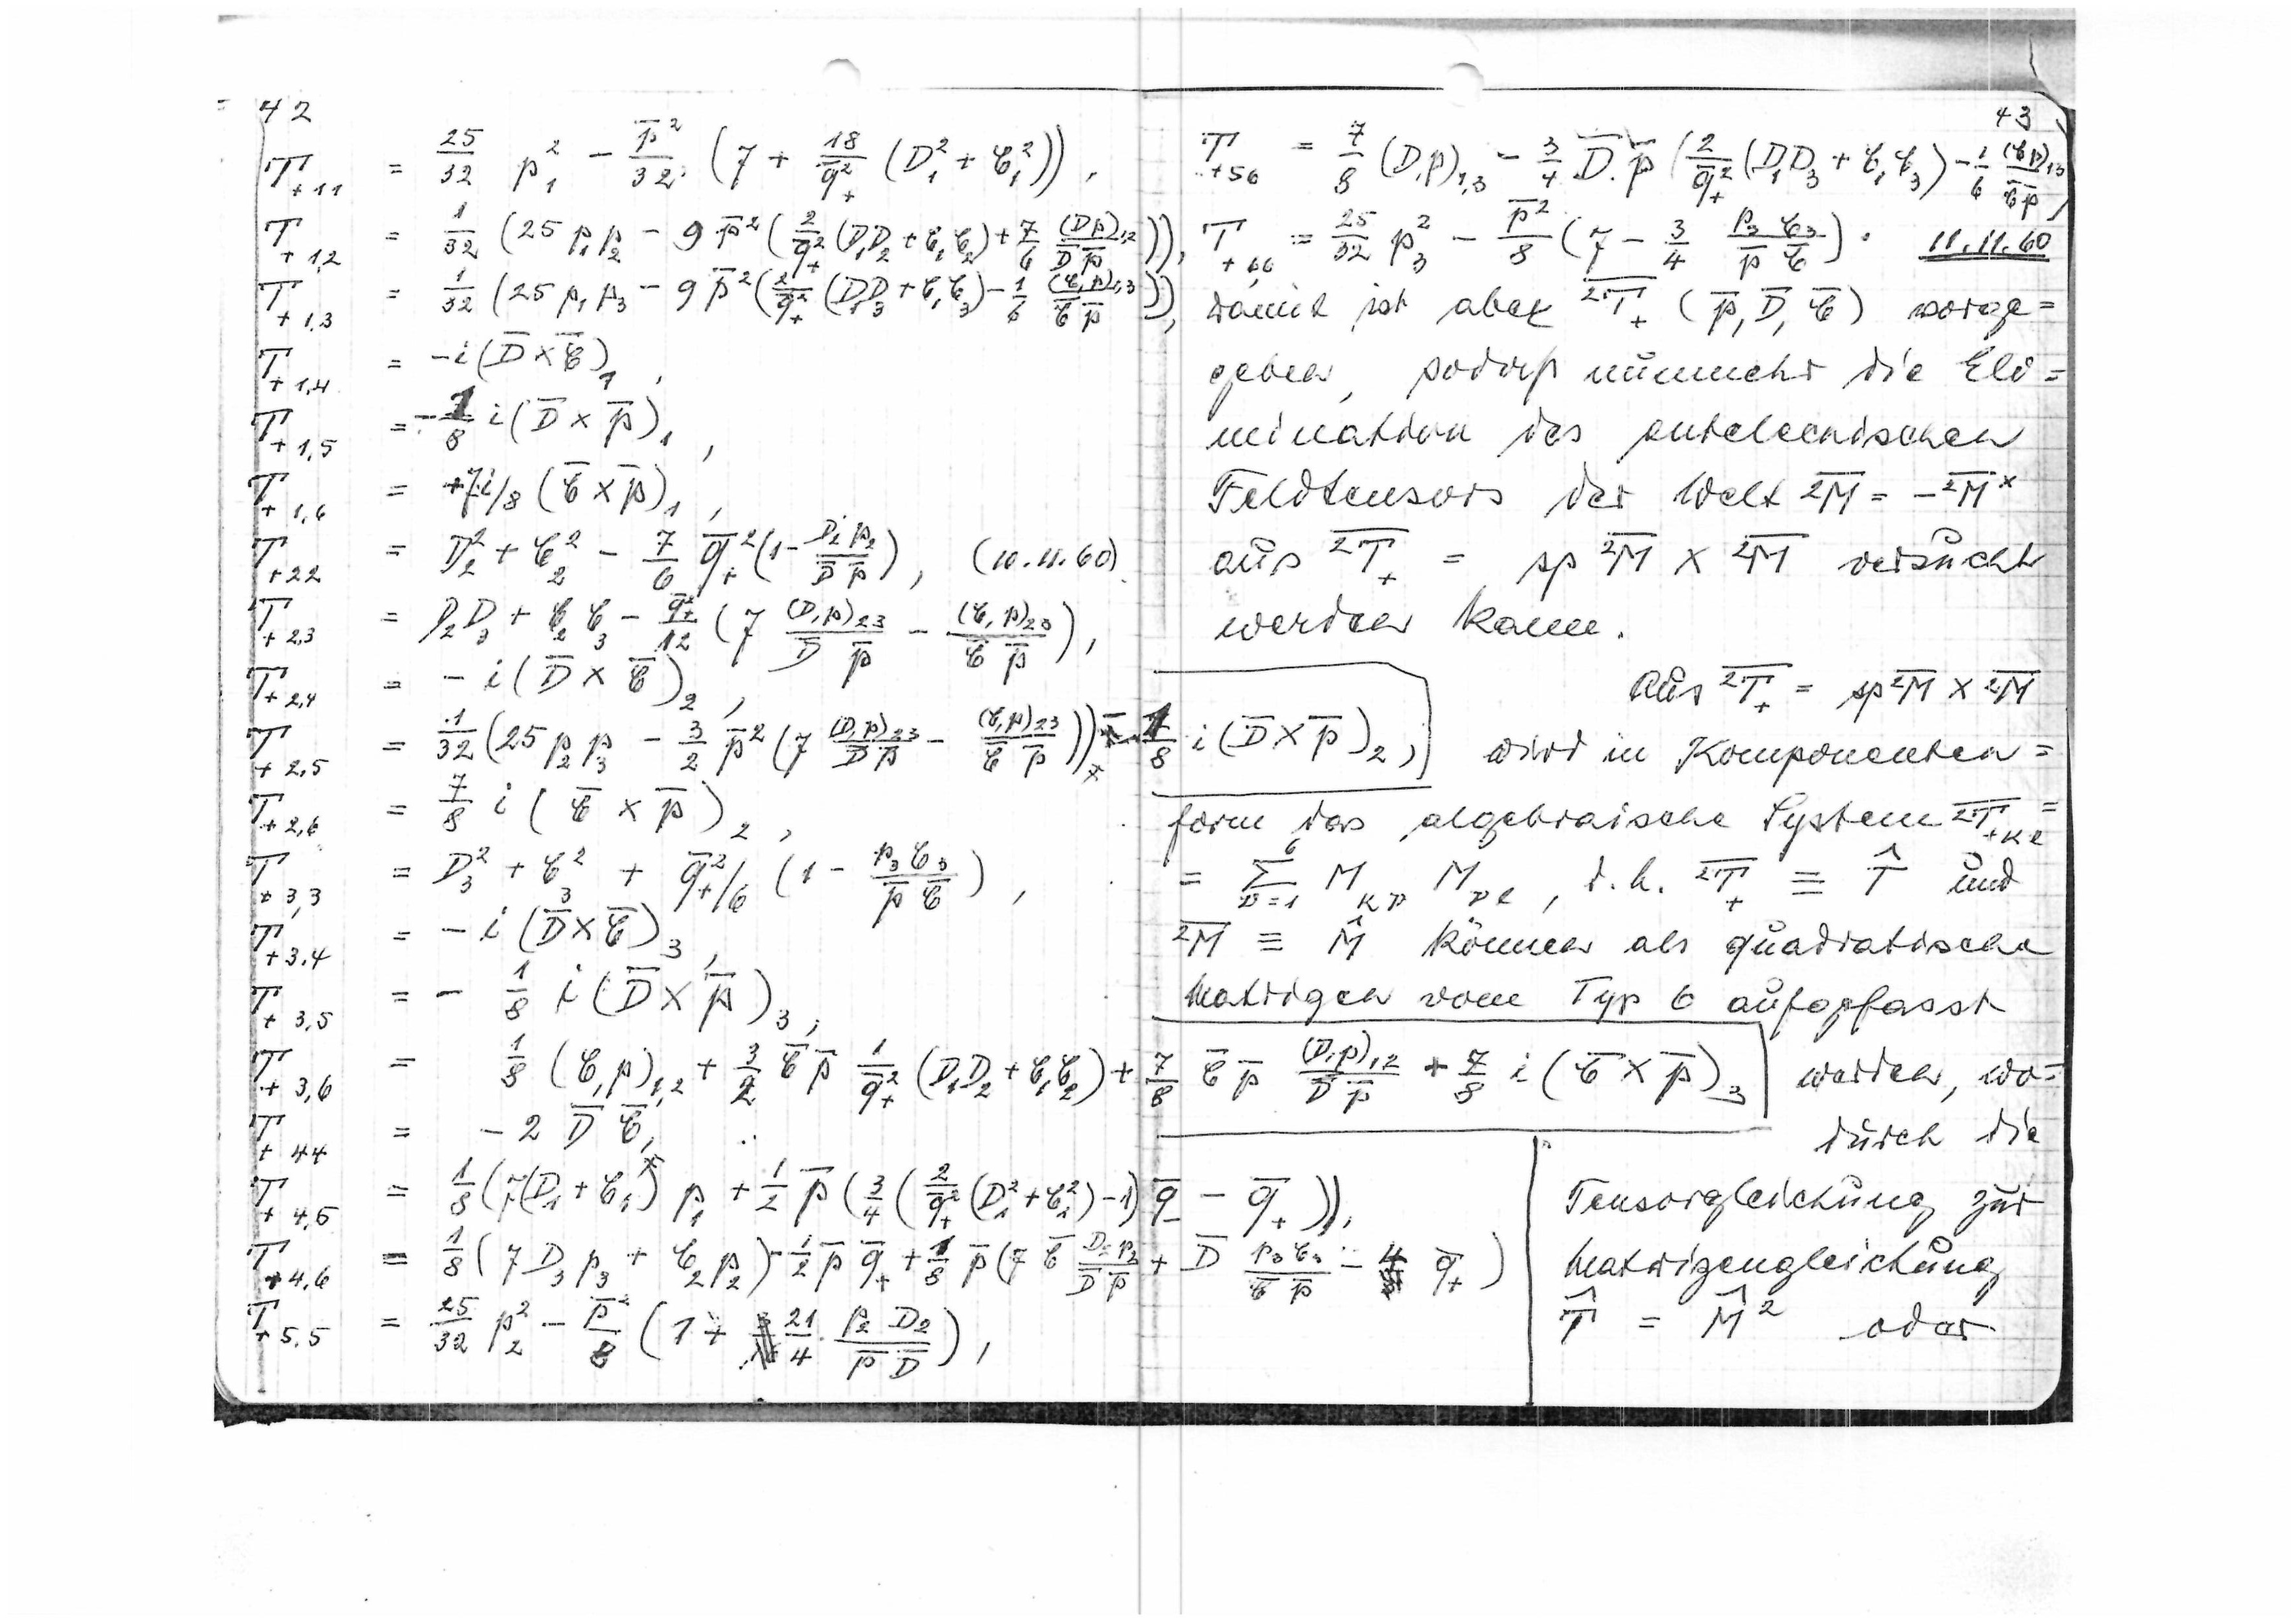
(10.11.60)

43

11.11.60
Damit ist aber

vorge=
geben, sodaß nunmehr die Eli=
mination des antihermitischen
Felstensors des Welt

aus

versucht
werden kann.

wird in Komponenten=
form das algebraische System

und

können als quadratische
Matrizen vom Typ 6 aufgefasst

werden, wo=

durch die
Tensorgleichung zur

Matrizengleichung

oder